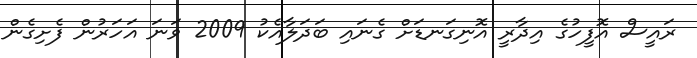
ރައީސް އޮފީހުގެ އިދާރީ އޮނިގަނޑަށް ގެނައި ބަދަލާއެކު 2009 ވަނަ އަހަރުން ފެށިގެން